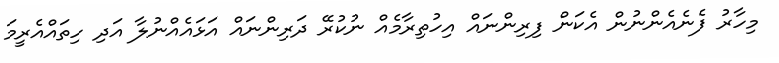
މިހާރު ފެނެއެންނުން އެކަން ފިރިންނައް އިހުތިރާމެއް ނުކުރޭ ދަރިންނައް އަޅައެއްނުލާ އަދި ހިތައްއެރީމަ